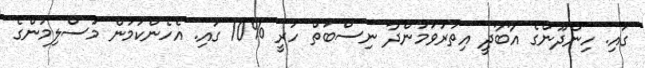
ގައި. ހިންދޫންގެ އާބާދީ އިތުރުވަމުންދާ ނިސްބަތް ހުރީ %10 ގައި. އެހެންކަމުން މުސްލިމުންގެ